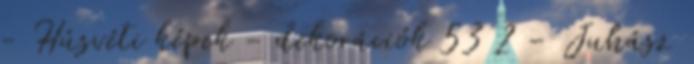
- Húsvéti képek - dekorációk 53 2 - Juhász